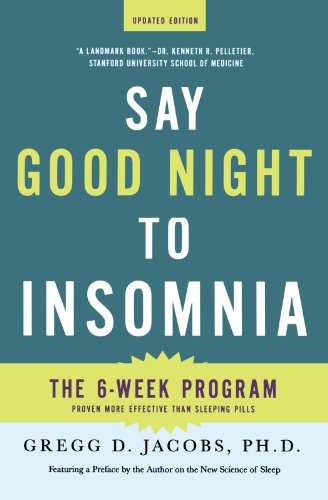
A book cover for Say Good Night to Insomnia: The Six-Week, Drug-Free Program Developed At Harvard Medical School; Gregg D. Jacobs; Health, Fitness & Dieting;